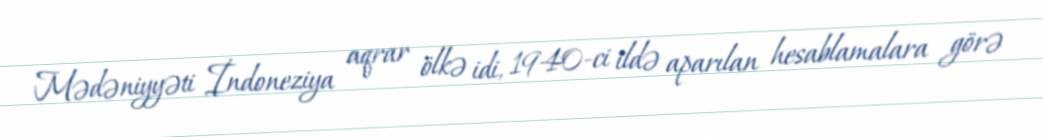
Mədəniyyəti İndoneziya aqrar ölkə idi, 1940-ci ildə aparılan hesablamalara görə